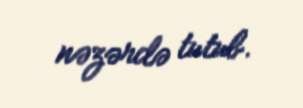
nəzərdə tutub.